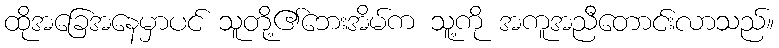
ထိုအခြေအနေမှာပင် သူတို့၏ဘေးအိမ်က သူ့ကို အကူအညီတောင်းလာသည်။